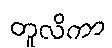
တူလိကာ